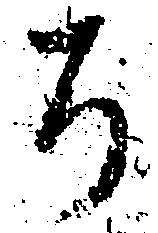
ち